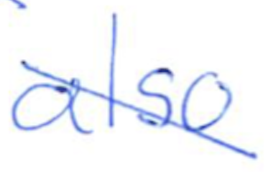
Text: also
Cross-out: mix
Writing tool: ballpoint